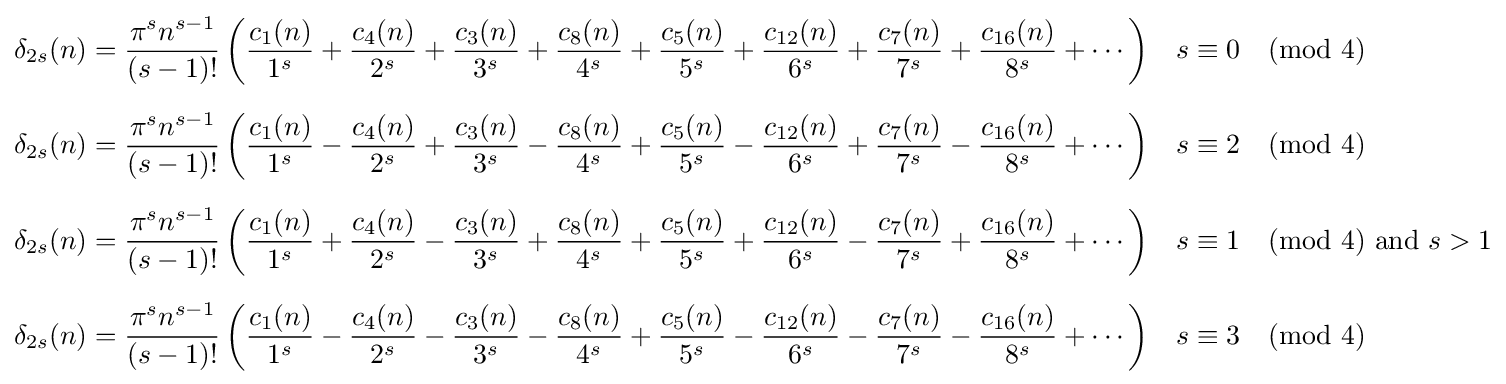
{\begin{aligned}\delta _{2s}(n)&={\frac {\pi ^{s}n^{s-1}}{(s-1)!}}\left({\frac {c_{1}(n)}{1^{s}}}+{\frac {c_{4}(n)}{2^{s}}}+{\frac {c_{3}(n)}{3^{s}}}+{\frac {c_{8}(n)}{4^{s}}}+{\frac {c_{5}(n)}{5^{s}}}+{\frac {c_{12}(n)}{6^{s}}}+{\frac {c_{7}(n)}{7^{s}}}+{\frac {c_{16}(n)}{8^{s}}}+\cdots \right)&&s\equiv 0{\pmod {4}}\\[6pt]\delta _{2s}(n)&={\frac {\pi ^{s}n^{s-1}}{(s-1)!}}\left({\frac {c_{1}(n)}{1^{s}}}-{\frac {c_{4}(n)}{2^{s}}}+{\frac {c_{3}(n)}{3^{s}}}-{\frac {c_{8}(n)}{4^{s}}}+{\frac {c_{5}(n)}{5^{s}}}-{\frac {c_{12}(n)}{6^{s}}}+{\frac {c_{7}(n)}{7^{s}}}-{\frac {c_{16}(n)}{8^{s}}}+\cdots \right)&&s\equiv 2{\pmod {4}}\\[6pt]\delta _{2s}(n)&={\frac {\pi ^{s}n^{s-1}}{(s-1)!}}\left({\frac {c_{1}(n)}{1^{s}}}+{\frac {c_{4}(n)}{2^{s}}}-{\frac {c_{3}(n)}{3^{s}}}+{\frac {c_{8}(n)}{4^{s}}}+{\frac {c_{5}(n)}{5^{s}}}+{\frac {c_{12}(n)}{6^{s}}}-{\frac {c_{7}(n)}{7^{s}}}+{\frac {c_{16}(n)}{8^{s}}}+\cdots \right)&&s\equiv 1{\pmod {4}}{\text{ and }}s>1\\[6pt]\delta _{2s}(n)&={\frac {\pi ^{s}n^{s-1}}{(s-1)!}}\left({\frac {c_{1}(n)}{1^{s}}}-{\frac {c_{4}(n)}{2^{s}}}-{\frac {c_{3}(n)}{3^{s}}}-{\frac {c_{8}(n)}{4^{s}}}+{\frac {c_{5}(n)}{5^{s}}}-{\frac {c_{12}(n)}{6^{s}}}-{\frac {c_{7}(n)}{7^{s}}}-{\frac {c_{16}(n)}{8^{s}}}+\cdots \right)&&s\equiv 3{\pmod {4}}\\\end{aligned}}